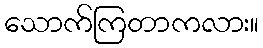
သောက်ကြတာကလား။